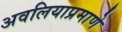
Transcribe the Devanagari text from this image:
अवलियाप्रमाणे